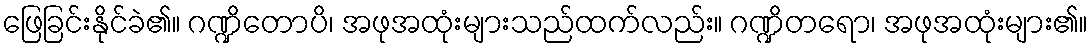
ဖြေခြင်းနိုင်ခဲ၏။ ဂဏ္ဍိတောပိ၊ အဖုအထုံးများသည်ထက်လည်း။ ဂဏ္ဍိတရော၊ အဖုအထုံးများ၏။